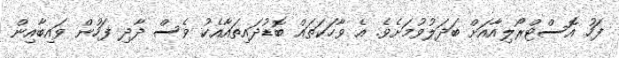
ފަހު އޮސްޓްރޯލިއާއަށް ބަދަލުވުމަށެވެ. އެ ވާހަކަތައް ބޮޑުދައިތައާއެކު ވެސް ދާދި ފަހުން ވައިބާއިން